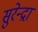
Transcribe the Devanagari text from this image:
सुरेन्द्रा